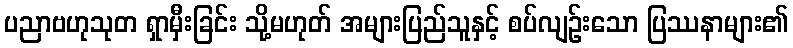
ပညာဗဟုသုတ ရှာမှီးခြင်း သို့မဟုတ် အများပြည်သူနှင့် စပ်လျဉ်းသော ပြဿနာများ၏